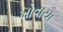
ખોવાયા